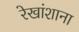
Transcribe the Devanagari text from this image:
रेखांशाना